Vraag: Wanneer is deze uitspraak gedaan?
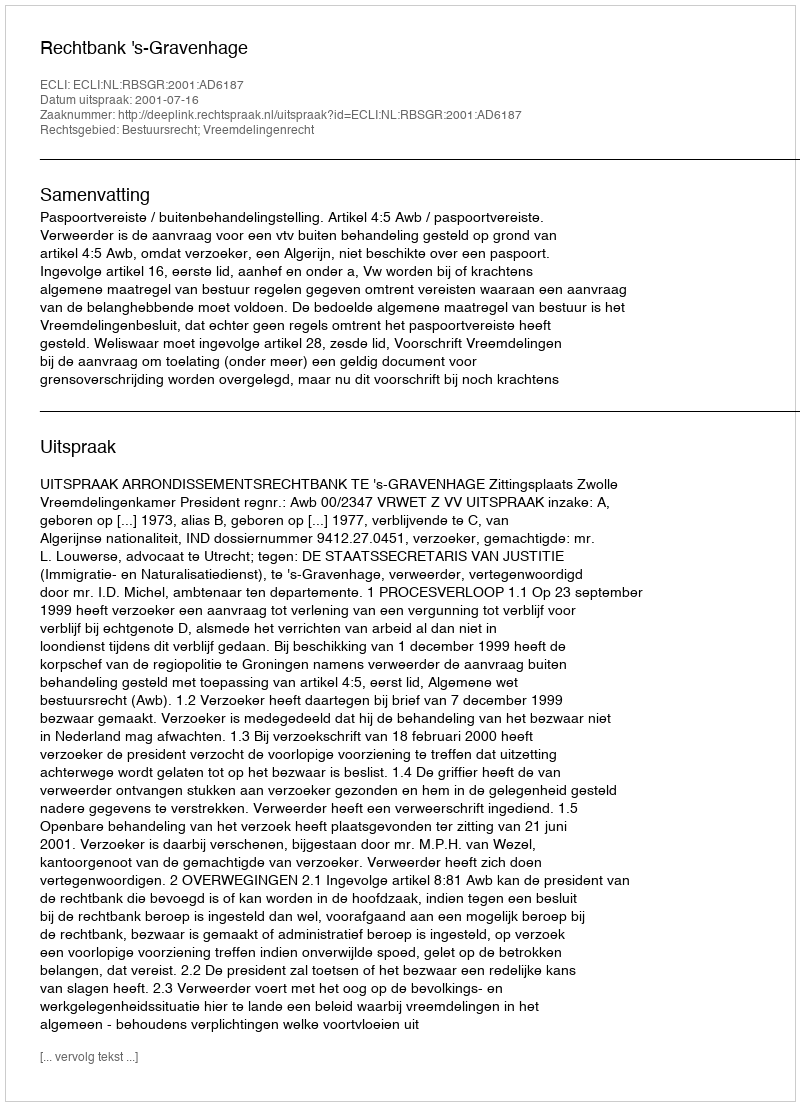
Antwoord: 2001-07-16